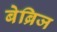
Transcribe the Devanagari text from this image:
बेब्रिज